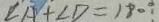
\angle A + \angle D = 1 8 0 ^ { \circ }